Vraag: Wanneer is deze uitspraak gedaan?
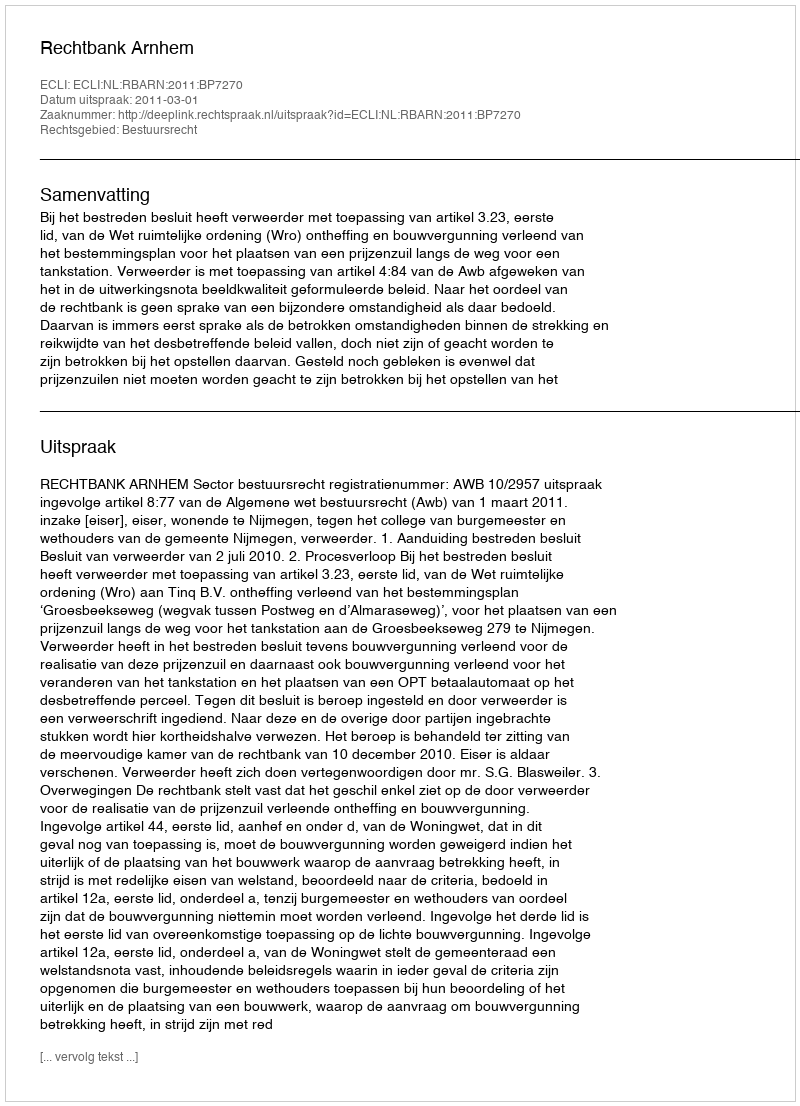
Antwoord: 2011-03-01